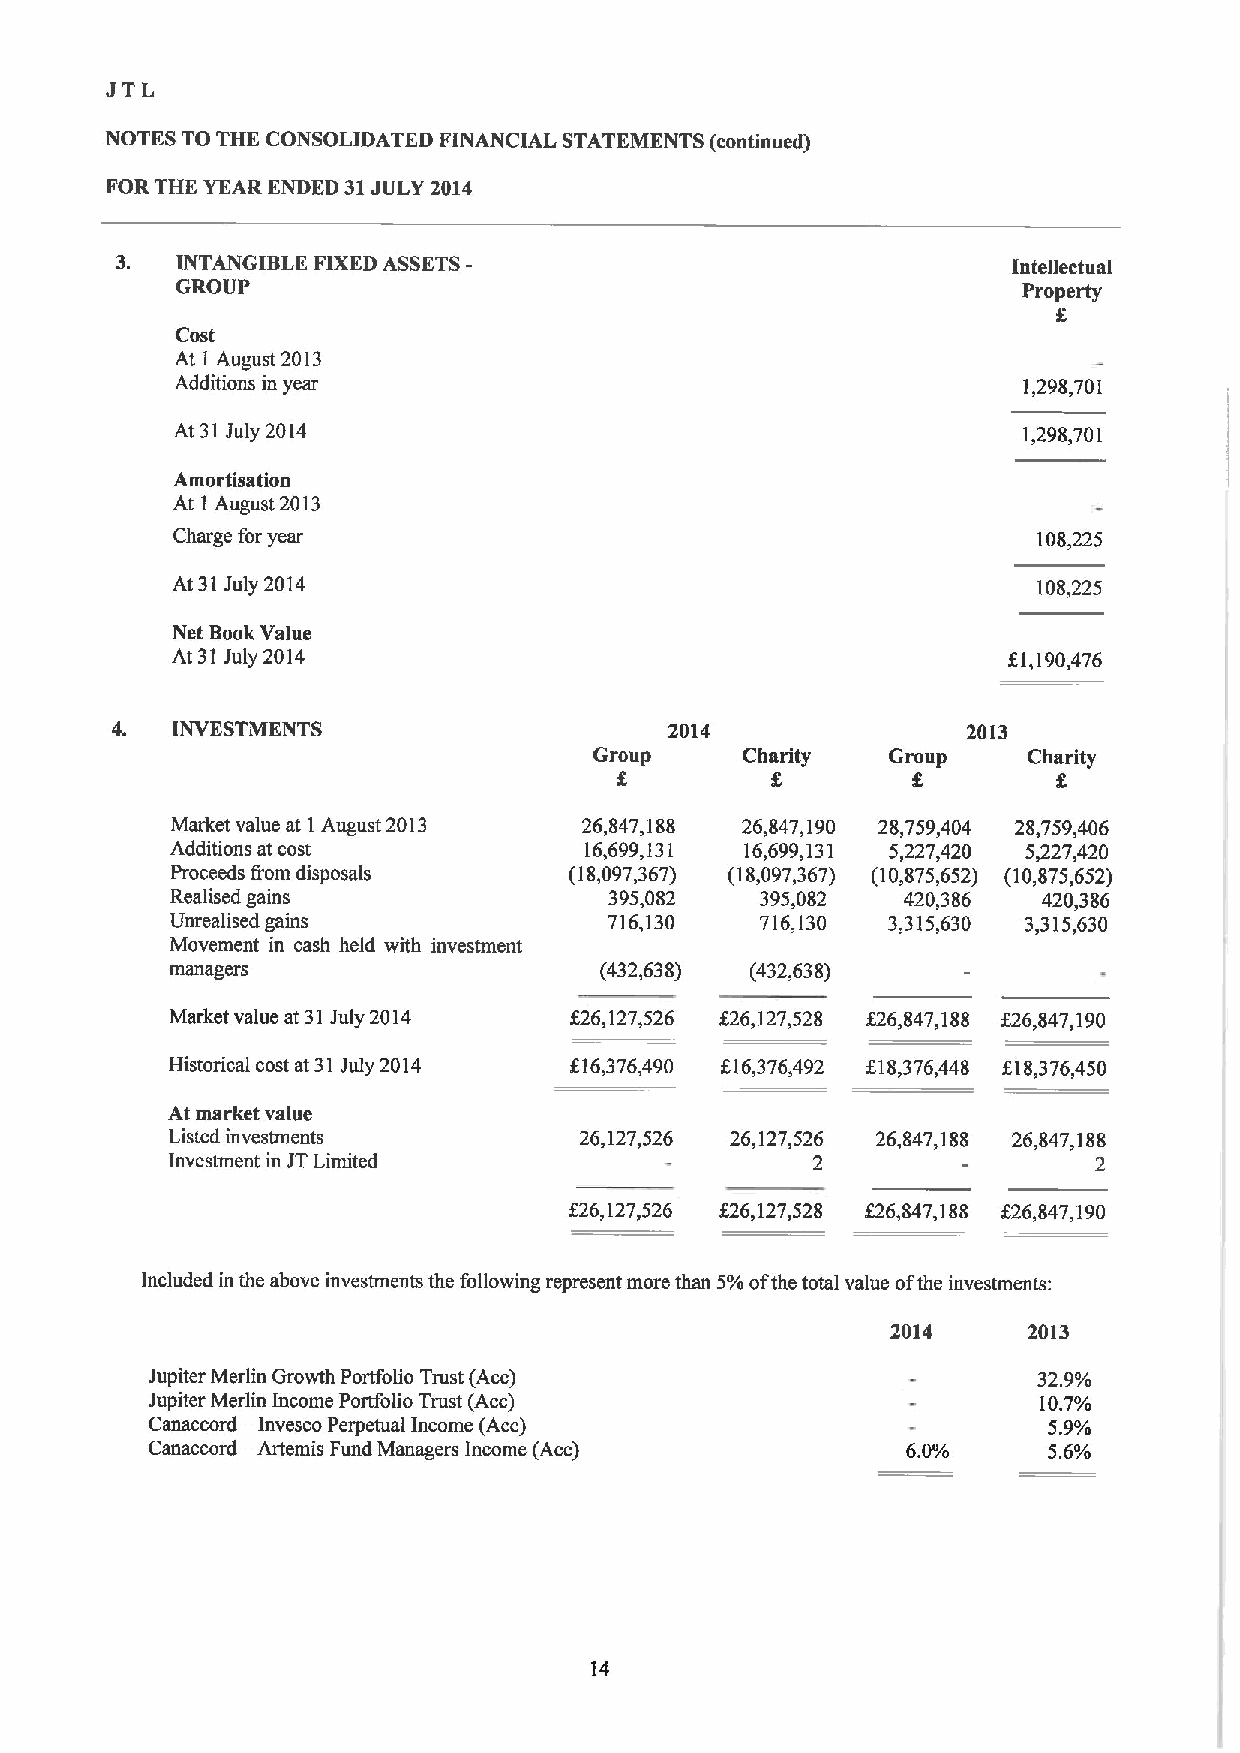
JTL
 NOTES TO THE CONSOLIDATED FINANCIAL STATEMENTS (continued)
 FOR THE YEAR ENDED 31JULY 2014
 INTANGIBLE FIXEDASSETS-                                Intellectual
 GROUP                                                   Property
 8
 Cost
 At I August 2013
 Additions in year                                       1,298,701
 At 31July 2014                                           1,298,701
 Amortisation
 At 1 August 2013
 Charge foryear                                            108,225
 At 31July 2014                                            108,225
 Net Book Value
 At 31July 2014                                          81,190,476
 4.  INVESTMENTS                      2014                2013
 Group     Charity   Group    Charity
 Market value at 1August 2013 26,847,188 26,847,190 28,759,404 28,759,406
 Additions at cost           16,699,131 16,699,131 5,227,420 5,227,420
 Proceeds from disposals    (18,097,367) (18,097,367) (10,875,652) (10,875,652)
 Realised gains               395,082   395,082   420,386  420,386
 Unrealised gains             716,130   716,130  3,315,630 3,315,630
 Movement in cash held with investment
 managers                     (432,638) (432,638)
 Market value at 31July 2014 826,127,526 $26,127,528 $26,847,188 826,847,190
 Historical cost at 31July 2014 F16,376,490 816,376,492 $18,376,448 f18,376,450
 At market value
 Listed investments         26,127,526 26,127,526 26,847,188 26,847,188
 Investment in JTLimited                    2         -       2
 $26,127,526 f26,127,528 g26,847,188 826,847,190
 Included in the above investments the following represent more than 5%ofthe total value ofthe investments:
 2014     2013
 Jupiter Merlin Growth Portfolio Trust (Acc)                32.9%
 Jupiter Merlin Income Portfolio Trust (Acc)                10.7%
 —
 Canaccord Invesco Perpetual Income (Acc)                   5.9%
 —
 Canaccord Artemis Fund Managers Income (Acc)      6.0%     5.6%
 14